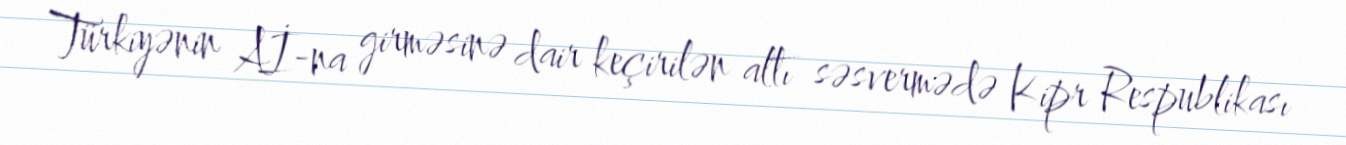
Türkiyənin Aİ-na girməsinə dair keçirilən altı səsvermədə Kipr Respublikası